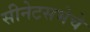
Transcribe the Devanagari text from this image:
सीनेटसभेचे